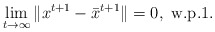
\begin{align*}&\lim_{t\to\infty}\|x^{t+1}-\bar{x}^{t+1}\|= 0,\ \mbox{w.p.1.}\end{align*}